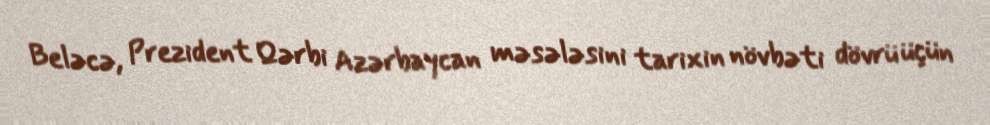
Beləcə, Prezident Qərbi Azərbaycan məsələsini tarixin növbəti dövrü üçün